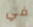
في